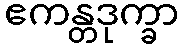
ဧကန္တဒုက္ခာ